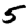
Digit: 5